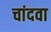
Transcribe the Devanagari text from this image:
चांदवा